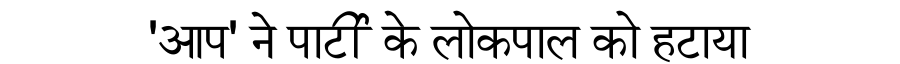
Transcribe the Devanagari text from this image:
'आप' ने पार्टी के लोकपाल को हटाया